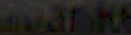
marke